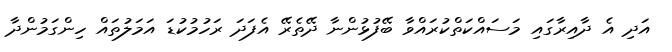
އަދި އެ ދާއިރާގައި މަސައްކަތްކުރައްވާ ބޭފުޅުންނާ ދޭތެރޭ އެފަދަ ރަހުމުކުޑަ އަމަލުތައް ހިންގަމުންދާ